Annual administration report of the Civil Veterinary Department, Sind - 1939-1940
Year: 1939
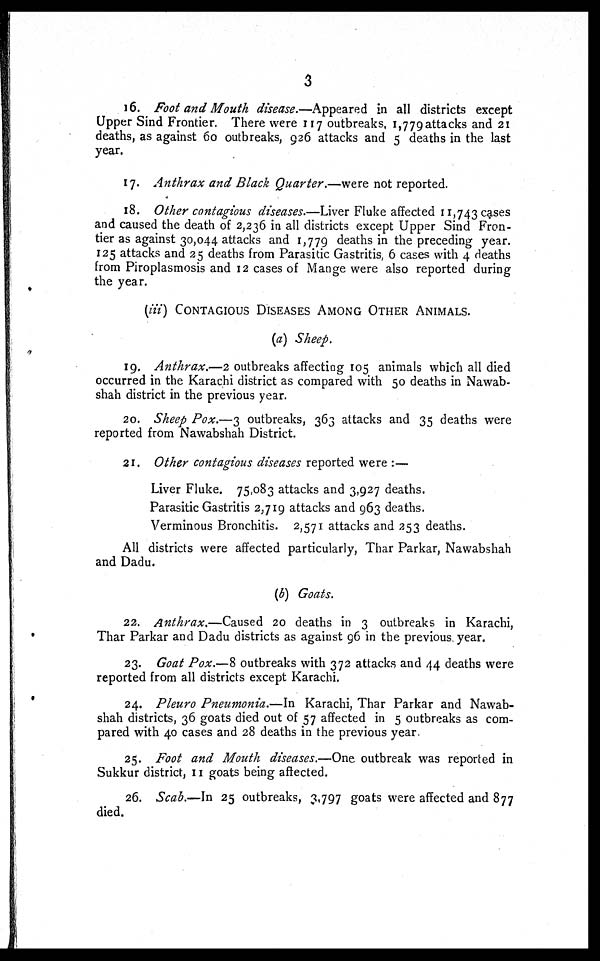
3
16. Foot and Mouth disease.—Appeared in all districts except
Upper Sind Frontier. There were 117 outbreaks, 1,779 attacks and 21
deaths, as against 60 outbreaks, 926 attacks and 5 deaths in the last
year.
17. Anthrax and Black Quarter.—were not reported.
18. Other contagious diseases.—Liver Fluke affected 11,743 cases
and caused the death of 2,236 in all districts except Upper Sind Fron-
tier as against 30,044 attacks and 1,779 deaths in the preceding year.
125 attacks and 25 deaths from Parasitic Gastritis, 6 cases with 4 deaths
from Piroplasmosis and 12 cases of Mange were also reported during
the year.
(iii) CONTAGIOUS DISEASES AMONG OTHER ANIMALS.
(a) Sheep.
19. Anthrax.—2 outbreaks affecting 105 animals which all died
occurred in the Karachi district as compared with 50 deaths in Nawab-
shah district in the previous year.
20. Sheep Pox.—3 outbreaks, 363 attacks and 35 deaths were
reported from Nawabshah District.
21. Other contagious diseases reported were :—
Liver Fluke. 75,083 attacks and 3,927 deaths.
Parasitic Gastritis 2,719 attacks and 963 deaths.
Verminous Bronchitis. 2,571 attacks and 253 deaths.
All districts were affected particularly, Thar Parkar, Nawabshah
and Dadu.
(b) Goats.
22. Anthrax.—Caused
20 deaths in 3 outbreaks in Karachi,
Thar Parkar and Dadu districts as against 96 in the previous year.
23. Goat Pox.—8 outbreaks with 372 attacks and 44 deaths were
reported from all districts except Karachi.
24. Pleuro Pneumonia.—In Karachi, Thar Parkar and Nawab-
shah districts, 36 goats died out of 57 affected in 5 outbreaks as com-
pared with 40 cases and 28 deaths in the previous year.
25. Foot and Mouth diseases.—One outbreak was reported in
Sukkur district, 11 goats being affected.
26. Scab.—In 25 outbreaks, 3,797 goats were affected and 877
died.